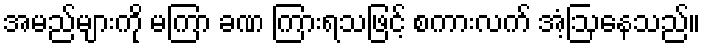
အမည်များကို မကြာ ခဏ ကြားရသဖြင့် စကားလက် အံ့ဩနေသည်။